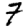
Digit: 7